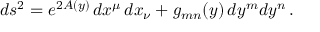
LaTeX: d s ^ { 2 } = e ^ { 2 A ( y ) } \, d x ^ { \mu } \, d x _ { \nu } + g _ { m n } ( y ) \, d y ^ { m } d y ^ { n } \, .